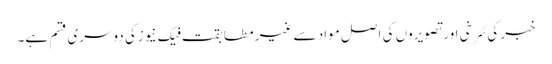
خبر کی سُرخی اور تصویروں کی اصل مواد سے غیر مطابقت فیک نیوزکی دوسری قسم ہے۔